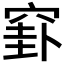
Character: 𥦛